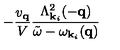
- \frac { v _ { { \bf { q } } } } { V } \frac { \Lambda _ { { \bf { k } } _ { i } } ^ { 2 } ( - { \bf { q } } ) } { { \tilde { \omega } } - \omega _ { { \bf { k } } _ { i } } ( { \bf { q } } ) }